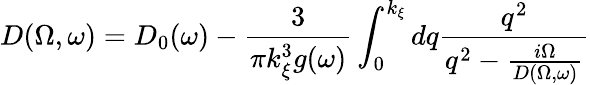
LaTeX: D(\Omega,\omega)=D_{0}(\omega)-\frac{3}{\pi k_{\xi}^{3}g(\omega)}\int_{0}^{k_{\xi}}dq\frac{q^{2}}{q^{2}-\frac{i\Omega}{D(\Omega,\omega)}}